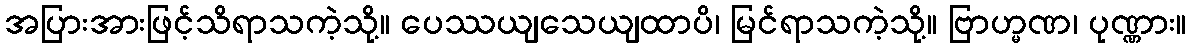
အပြားအားဖြင့်သိရာသကဲ့သို့။ ပေဿယျသေယျထာပိ၊ မြင်ရာသကဲ့သို့။ ဗြာဟ္မဏ၊ ပုဏ္ဏား။